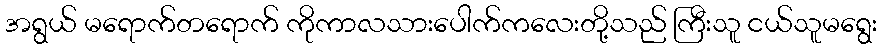
အရွယ် မရောက်တရောက် ကိုကာလသားပေါက်ကလေးတို့သည် ကြီးသူ ငယ်သူမရွေး